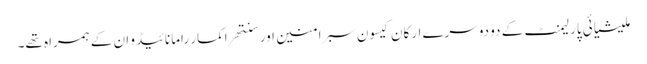
ملیشیائی پارلیمنٹ کے دو دوسرے ارکان کیسون سبرامنین اور سنتھراکمار رامانائیڈو ان کے ہمراہ تھے۔